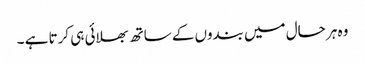
وہ ہر حال میں بندوں کے ساتھ بھلائی ہی کرتا ہے ۔